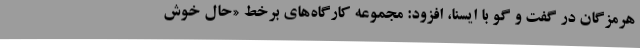
هرمزگان در گفت و گو با ایسنا، افزود: مجموعه کارگاه‌های برخط «حال خوش